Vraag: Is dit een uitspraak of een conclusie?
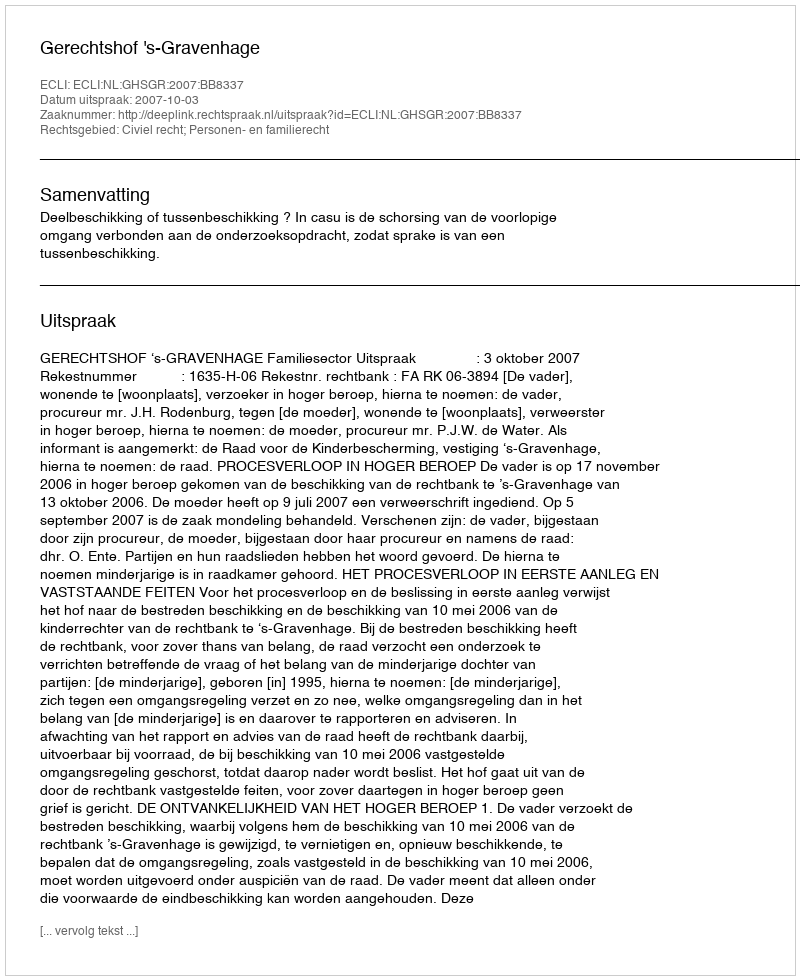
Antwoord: Uitspraak